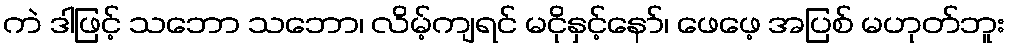
ကဲ ဒါဖြင့် သဘော သဘော၊ လိမ့်ကျရင် မငိုနှင့်နော်၊ ဖေဖေ့ အပြစ် မဟုတ်ဘူး